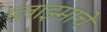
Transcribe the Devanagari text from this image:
प्लाझ्माचे